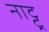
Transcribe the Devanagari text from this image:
नाट्टू